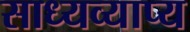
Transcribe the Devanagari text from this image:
साध्यव्याप्य